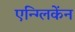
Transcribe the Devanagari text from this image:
एन्ग्लिकेंन